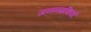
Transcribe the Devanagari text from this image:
जननग्रंथियाँ